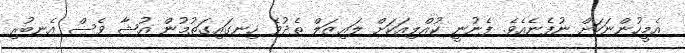
އެމީހުންނަކަށް ނުފެނެއެވެ. ފެނުނީ ކުއްލިއަކަށް ލައިޒަލް ތެދުވެ ހިނގައިގަތުމުން އުޝާ ވެސް އެނބުރި